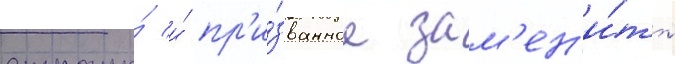
страны́ и́ пр'и́званное зам'ен'и́ть